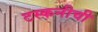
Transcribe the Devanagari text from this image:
टस्कनीची